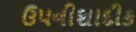
ઉપનીશાદીક